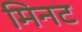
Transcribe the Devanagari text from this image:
मिनट